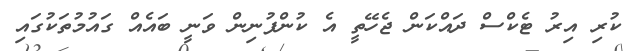
ކުރި އިރު ޓެކްސް ދައްކަން ޖެހޭތީ އެ ކުންފުނިން ވަނީ ބައެއް ގައުމުތަކުގައި